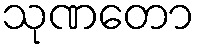
သုဏတော